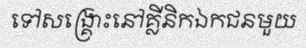
ទៅសង្គ្រោះនៅគ្លីនិកឯកជនមួយ